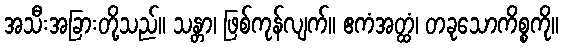
အသီးအခြားတို့သည်။ သန္တာ၊ ဖြစ်ကုန်လျက်။ ဧကံအတ္ထံ၊ တခုသောကိစ္စကို။